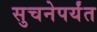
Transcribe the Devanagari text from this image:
सुचनेपर्यंत